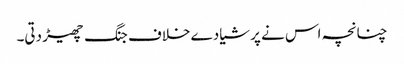
چنانچہ اس نے پرشیا دے خلاف جنگ چھیڑ دتی۔